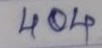
404